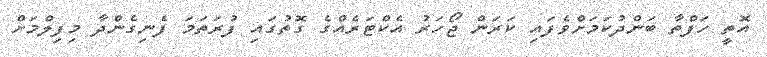
އޮތީ ހަފްތާ ބަންދުކަމަށްވެފައި ކަރަން ޖޯހަރު އެކްޓަރެއްގެ ގޮތުގައި ފުރަތަމަ ފެނިގެންދާ މިފިލްމަށް